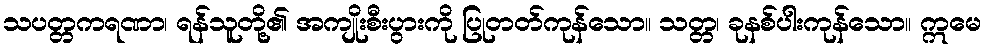
သပတ္တကရဏာ၊ ရန်သူတို့၏ အကျိုးစီးပွားကို ပြုတတ်ကုန်သော။ သတ္တ၊ ခုနစ်ပါးကုန်သော။ ဣမေ